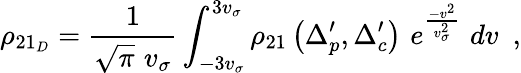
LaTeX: \rho_{21_{D}}=\frac{1}{\sqrt{\pi}\, \, v_{\sigma}}\int_{-3v_{\sigma}}^{3v_{\sigma}}\rho_{21}\left(\Delta_{p}^{\prime},\Delta_{c}^{\prime}\right)\, \, e^{\frac{-v^{2}}{v_{\sigma}^{2}}}\, \, dv\, \, \, ,